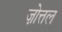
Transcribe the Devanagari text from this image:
ज़ोत्तल